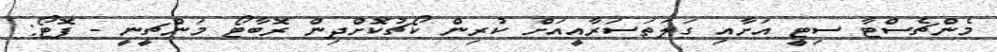
މެންޗެސްޓާ ސިޓީ އަށާއި ގަލަތަސަރާއީއަށް ކުރިން ކޯޗުކޮށްދިން ރޮބާޓޯ މަންޗީނީ - ފޮޓޯ: